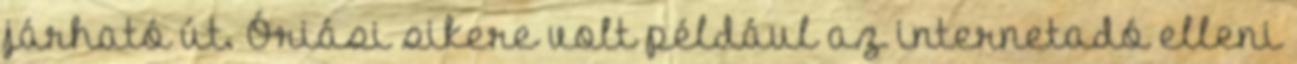
járható út. Óriási sikere volt például az internetadó elleni